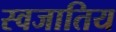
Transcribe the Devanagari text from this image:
स्वजातिय